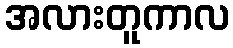
အလားတူကာလ